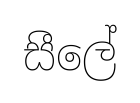
සීලේ